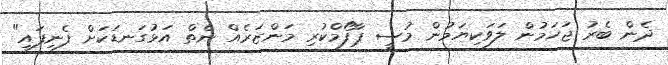
ދެން ބެރު ޖަހަމުން ލަވަކިޔަމުން މުސީ ޕާފޯމްކުރި މަންޒަރެއް ނެތް އަޅުގަނޑަކަށް ފެނިފައި"